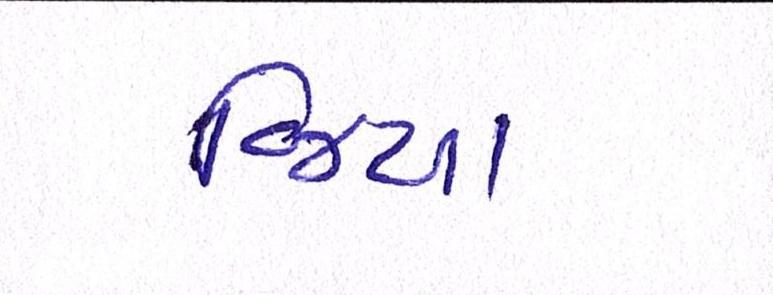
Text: જિયા